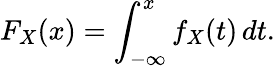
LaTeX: F_{X}(x)=\int_{-\infty}^{x}f_{X}(t)\, dt.